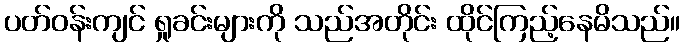
ပတ်ဝန်းကျင် ရှုခင်းများကို သည်အတိုင်း ထိုင်ကြည့်နေမိသည်။